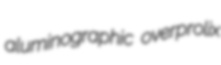
aluminographic overprolix